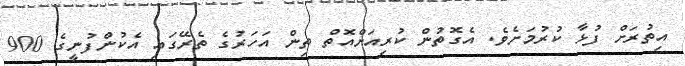
އިތުރަށް ފުޅާ ކުރުމަށެވެ. އެގޮތުން ކުރިއަށްއޮތް ތިން އަހަރުގެ ތެރޭގައި އެކުންފުނީގެ 900